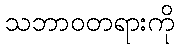
သဘာဝတရားကို